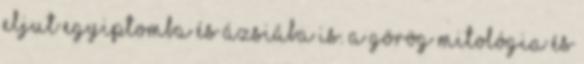
eljut Egyiptomba és Ázsiába is. A görög mitológia és